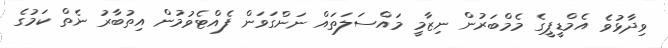
ވިދާޅުވެ އެމްޑީޕީގެ މެމްބަރުން ނިޒާމީ މައްސަލަތައް ނަންގަވަން ފެއްޓެވުމުން އިތުބާރު ނެތް ކަމުގެ